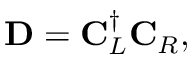
\mathbf { D } = \mathbf { C } _ { L } ^ { \dagger } \mathbf { C } _ { R } ,